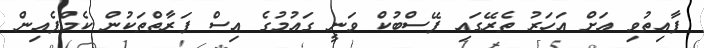
ފާއިތުވި އަށް އަހަރު ތެރޭގައި ފޭސްބުކް ވަނީ ގައުމުގެ އިސް ފަރާތްތަކުން ކެމްޕެއިން